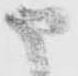
申